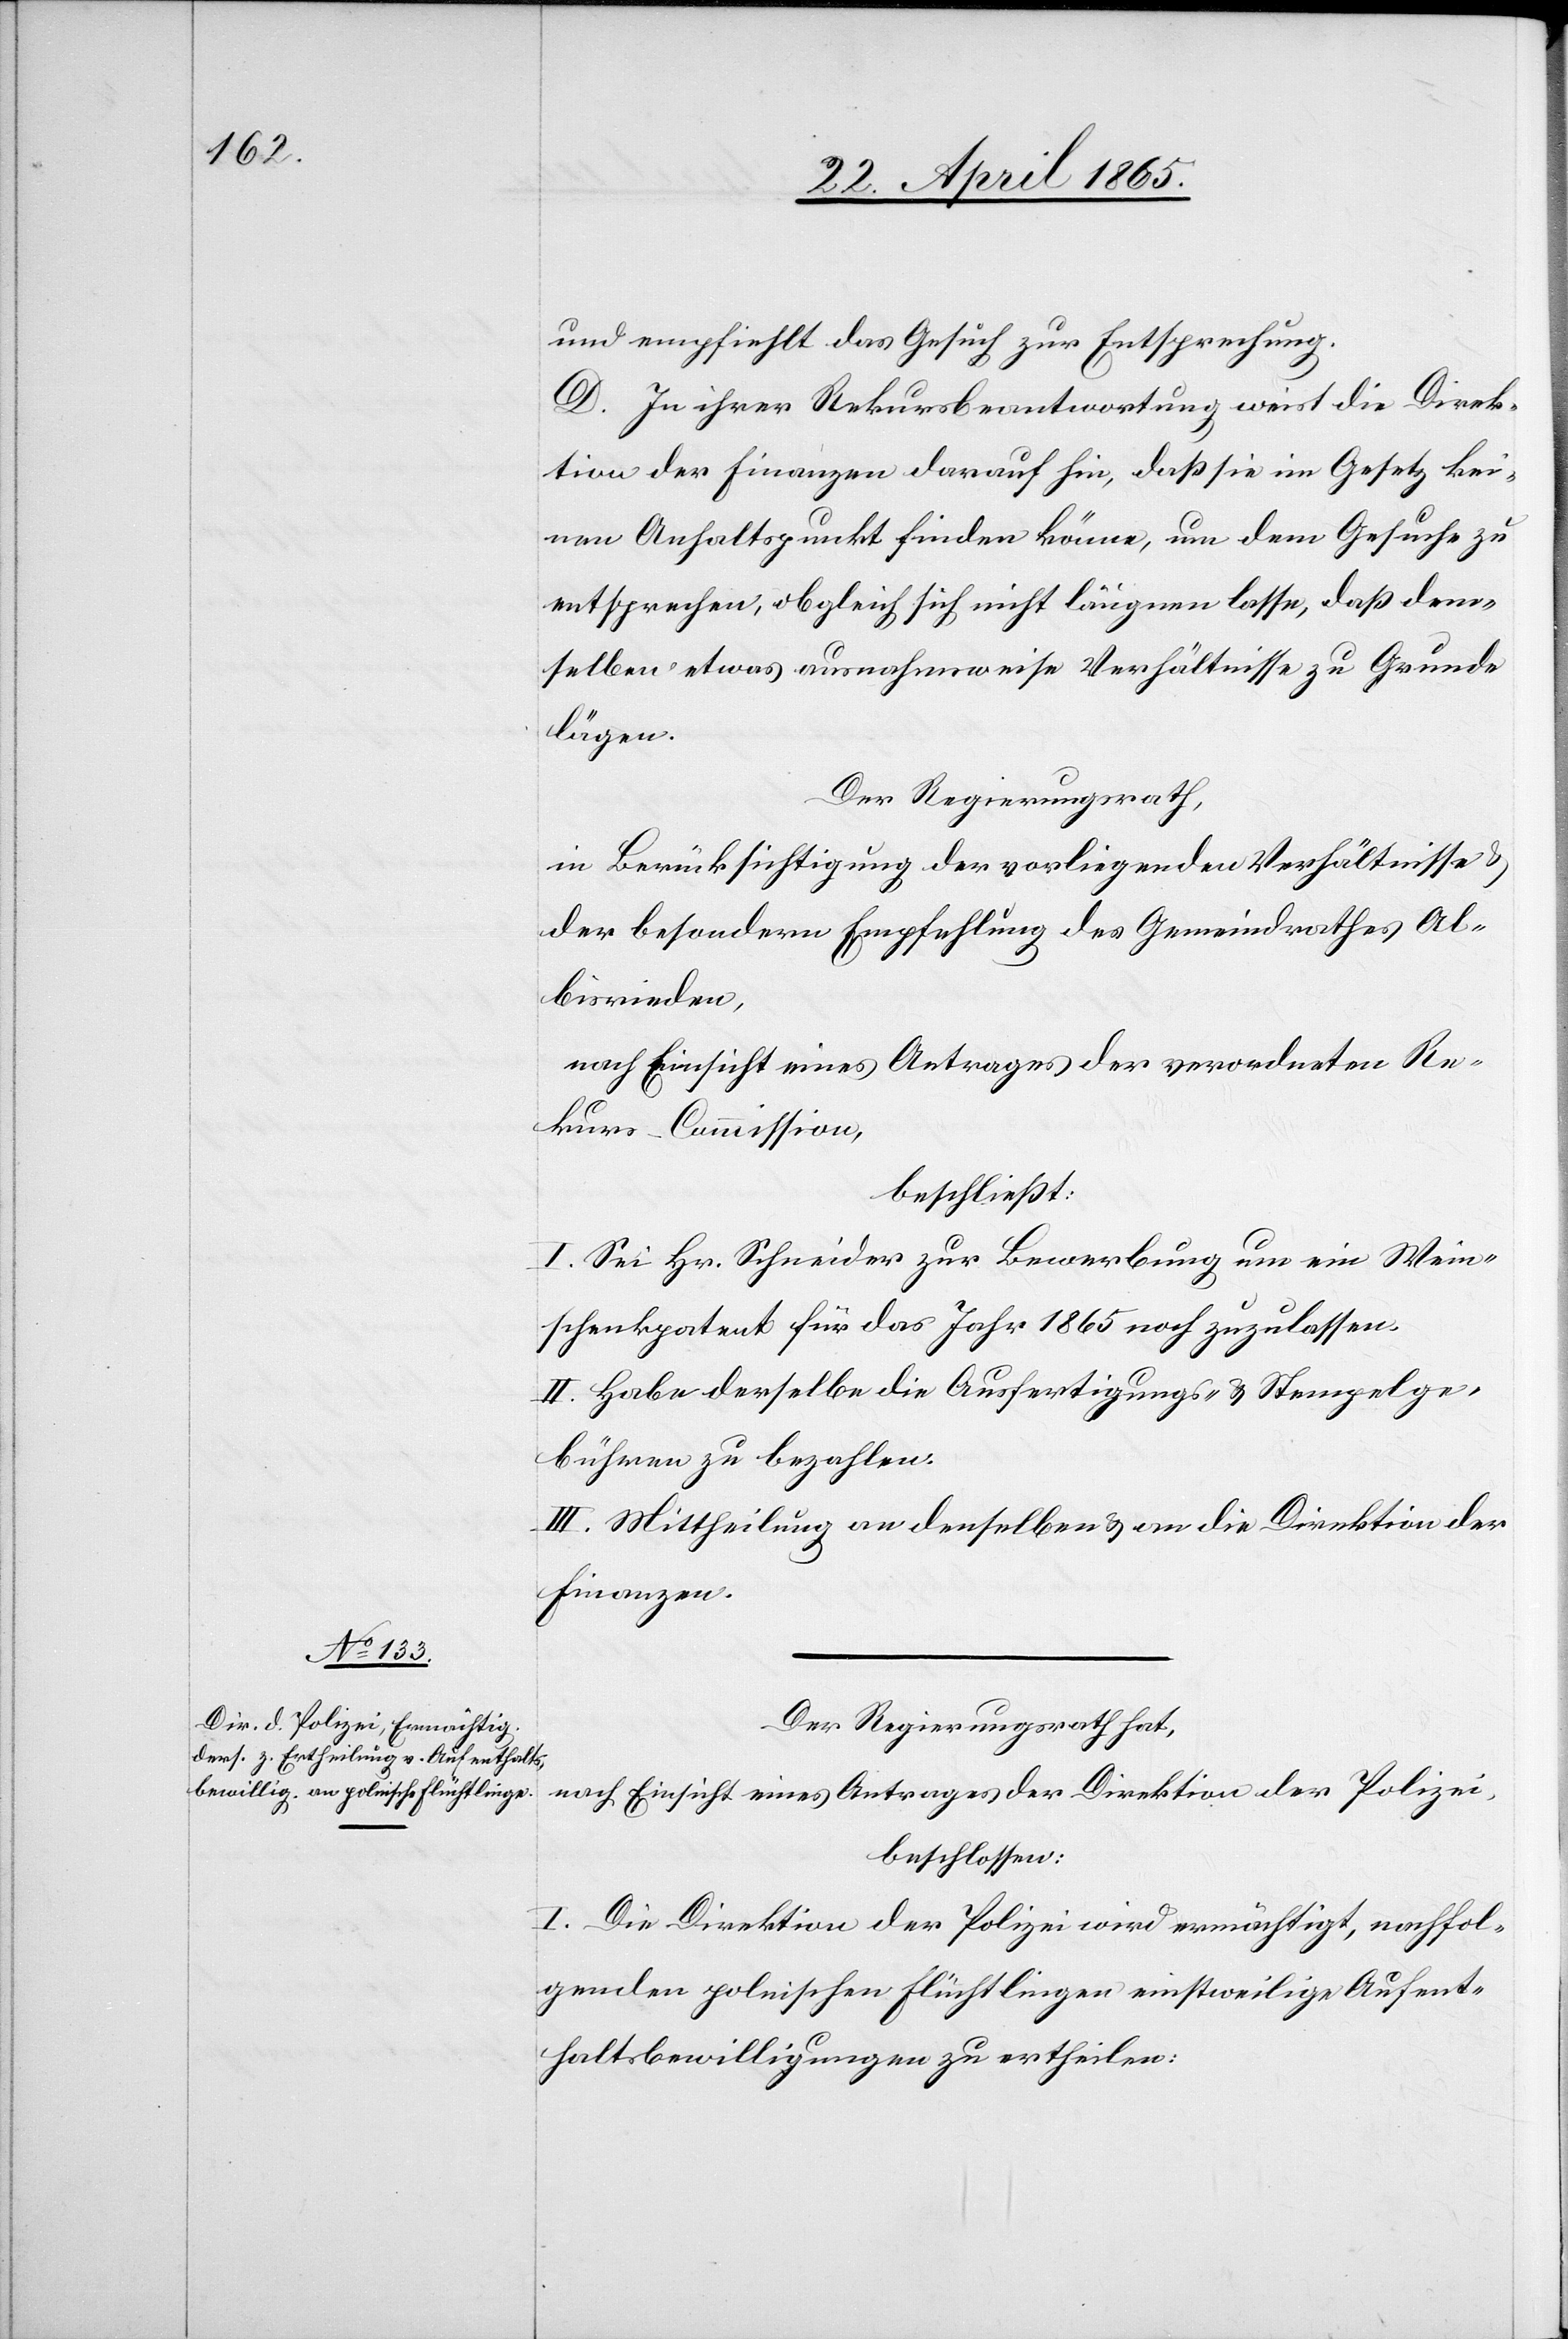
und empfiehlt das Gesuch zur Entsprechung.
D. In ihrer Rekursbeantwortung weist die Direk¬
tion der Finanzen darauf hin, daß sie im Gesetz kei¬
nen Anhaltspunkt finden könne, um dem Gesuche zu
entsprechen, obgleich sich nicht läugnen lasse, daß dem¬
selben etwas ausnahmsweise Verhältnisse zu Grunde
lägen.
Der Regierungsrath,
in Berücksichtigung der vorliegenden Verhältnisse
der besondern Empfehlung des Gemeindrathes Al¬
bisrieden,
nach Einsicht eines Antrages der verordneten Re¬
kurs-Commission,
beschließt:
I. Sei Hr. Schneider zur Bewerbung um ein Wein¬
schenkpatent für das Jahr 1865 noch zuzulassen.
II. Habe derselbe die Ausfertigungs- & Stempelge¬
bühren zu bezahlen.
III. Mittheilung an denselben & an die Direktion der
Finanzen.
Der Regierungsrath hat,
nach Einsicht eines Antrages der Direktion der Polizei,
beschlossen:
I. Die Direktion der Polizei wird ermächtigt, nachfol¬
genden polnischen Flüchtlingen einstweilige Aufent¬
haltsbewilligungen zu ertheilen.